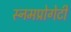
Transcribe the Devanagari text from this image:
स्नमप्रोगेटी